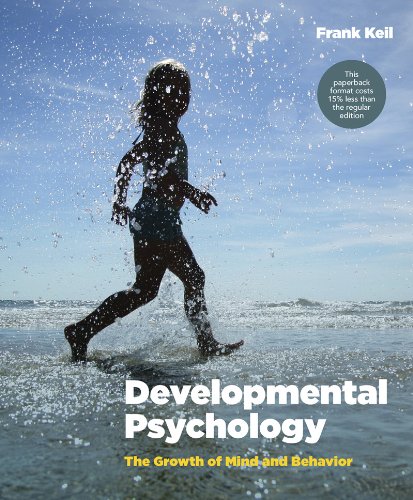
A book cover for Developmental Psychology: The Growth of Mind and Behavior; Frank Keil; Medical Books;